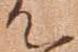
て